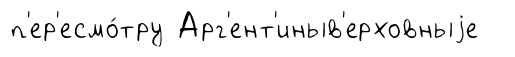
п'ер'есмо́тру Арг'ент'иныв'ерховныjе